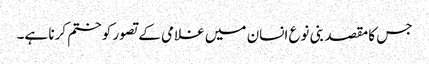
جس کا مقصد بنی نوع انسان میں غلامی کے تصور کو ختم کرنا ہے۔